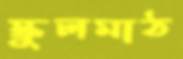
স্কুলমাঠ